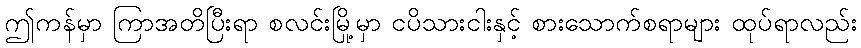
ဤကန်မှာ ကြာအတိပြီးရာ စလင်းမြို့မှာ ငပိသားငါးနှင့် စားသောက်စရာများ ထုပ်ရာလည်း